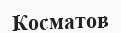
Косматов